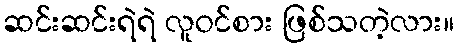
ဆင်းဆင်းရဲရဲ လူဝင်စား ဖြစ်သတဲ့လား။